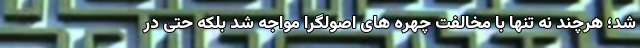
شد؛ هرچند نه تنها با مخالفت چهره های اصولگرا مواجه شد بلکه حتی در